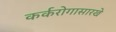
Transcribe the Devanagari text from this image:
कर्करोगासारखे